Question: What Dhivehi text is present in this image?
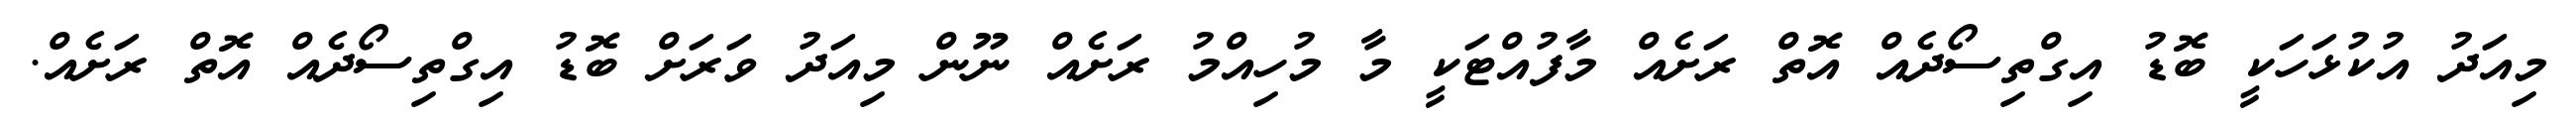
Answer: މިއަދު އުކުޅަހަކީ ބޮޑު އިގްތިސޯދެއް އޮތް ރަށެއް މާފުއްޓަކީ މާ މުހިއްމު ރަށެއް ނޫން މިއަދު ވަރަށް ބޮޑު އިގްތިސޯދެއް އޮތް ރަށެއް.